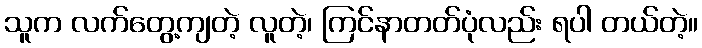
သူက လက်တွေ့ကျတဲ့ လူတဲ့၊ ကြင်နာတတ်ပုံလည်း ရပါ တယ်တဲ့။